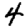
Digit: 4